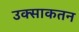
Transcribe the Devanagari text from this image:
उक्साकतन